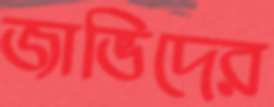
জাভিদের